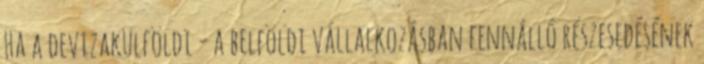
Ha a devizakülföldi - a belföldi vállalkozásban fennálló részesedésének